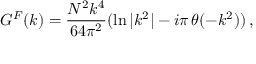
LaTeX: G ^ { F } ( k ) = { \frac { N ^ { 2 } k ^ { 4 } } { 6 4 \pi ^ { 2 } } } ( \ln { | k ^ { 2 } | } - i \pi \, \theta ( - k ^ { 2 } ) ) \, ,